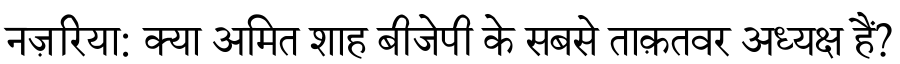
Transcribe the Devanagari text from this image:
नज़रिया: क्या अमित शाह बीजेपी के सबसे ताक़तवर अध्यक्ष हैं?